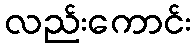
လည်းကောင်း